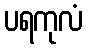
ပရကုလံ